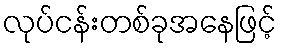
လုပ်ငန်းတစ်ခုအနေဖြင့်